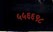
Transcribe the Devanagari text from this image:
५५६६९८